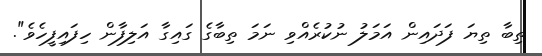
ތިބާ ތިޔަ ފަދައިން އަމަލު ނުކުރެއްވި ނަމަ ތިބާގެ ގައިގާ އަލިފާން ހިފައިފީހެވެ".